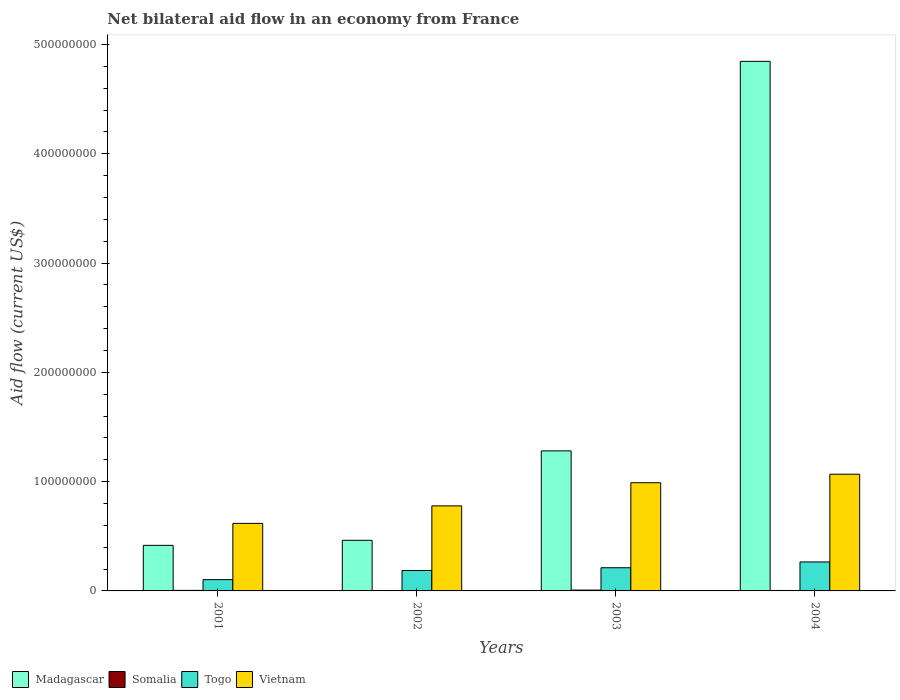
| Years | Madagascar | Somalia | Togo | Vietnam |
 | --- | --- | --- | --- | --- |
 | 2001 | 4.17e+07 | 5e+05 | 1.03e+07 | 6.18e+07 |
 | 2002 | 4.63e+07 | 3.9e+05 | 1.87e+07 | 7.78e+07 |
 | 2003 | 1.28e+08 | 7.6e+05 | 2.12e+07 | 9.9e+07 |
 | 2004 | 4.85e+08 | 4e+05 | 2.65e+07 | 1.07e+08 |